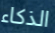
الذكاء